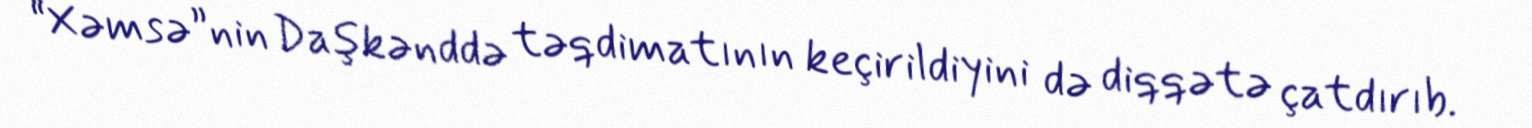
“Xəmsə”nin Daşkənddə təqdimatının keçirildiyini də diqqətə çatdırıb.